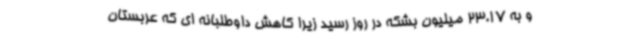
و به 23.17 میلیون بشکه در روز رسید زیرا کاهش داوطلبانه ای که عربستان